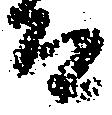
而